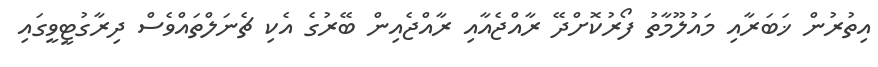
އިތުރުން ޚަބަރާއި މައުލޫމާތު ފޯރުކޮށްދޭ ރާއްޖެއާއި ރާއްޖެއިން ބޭރުގެ އެކި ޗެނަލްތައްވެސް ދިރާގުޓީވީގައި